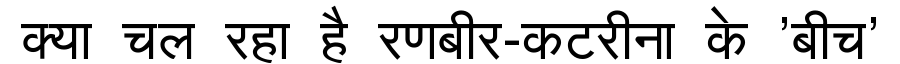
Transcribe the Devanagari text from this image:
क्या चल रहा है रणबीर-कटरीना के 'बीच'